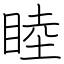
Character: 睦